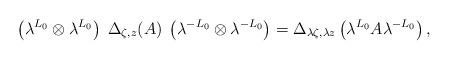
LaTeX: \begin{align*}\left(\lambda^{L_{0}} \otimes \lambda^{L_{0}} \right)\;\Delta_{\zeta,z}(A)\;\left(\lambda^{-L_{0}} \otimes \lambda^{-L_{0}} \right)= \Delta_{\lambda\zeta, \lambda z}\left(\lambda^{L_{0}} A\lambda^{-L_{0}}\right),\end{align*}